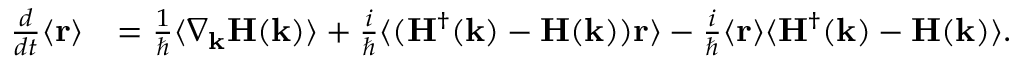
\begin{array} { r l } { \frac { d } { d t } \langle \mathbf { r } \rangle } & { = \frac { 1 } { \hbar } \langle \nabla _ { \mathbf { k } } \mathbf { H } ( \mathbf { k } ) \rangle + \frac { i } { \hbar } \langle ( \mathbf { H } ^ { \dagger } ( \mathbf { k } ) - \mathbf { H } ( \mathbf { k } ) ) \mathbf { r } \rangle - \frac { i } { \hbar } \langle \mathbf { r } \rangle \langle \mathbf { H } ^ { \dagger } ( \mathbf { k } ) - \mathbf { H } ( \mathbf { k } ) \rangle . } \end{array}